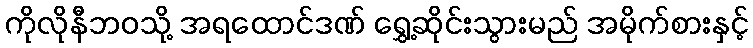
ကိုလိုနီဘဝသို့ အရထောင်ဒဏ် ရွှေ့ဆိုင်းသွားမည် အမိုက်စားနှင့်